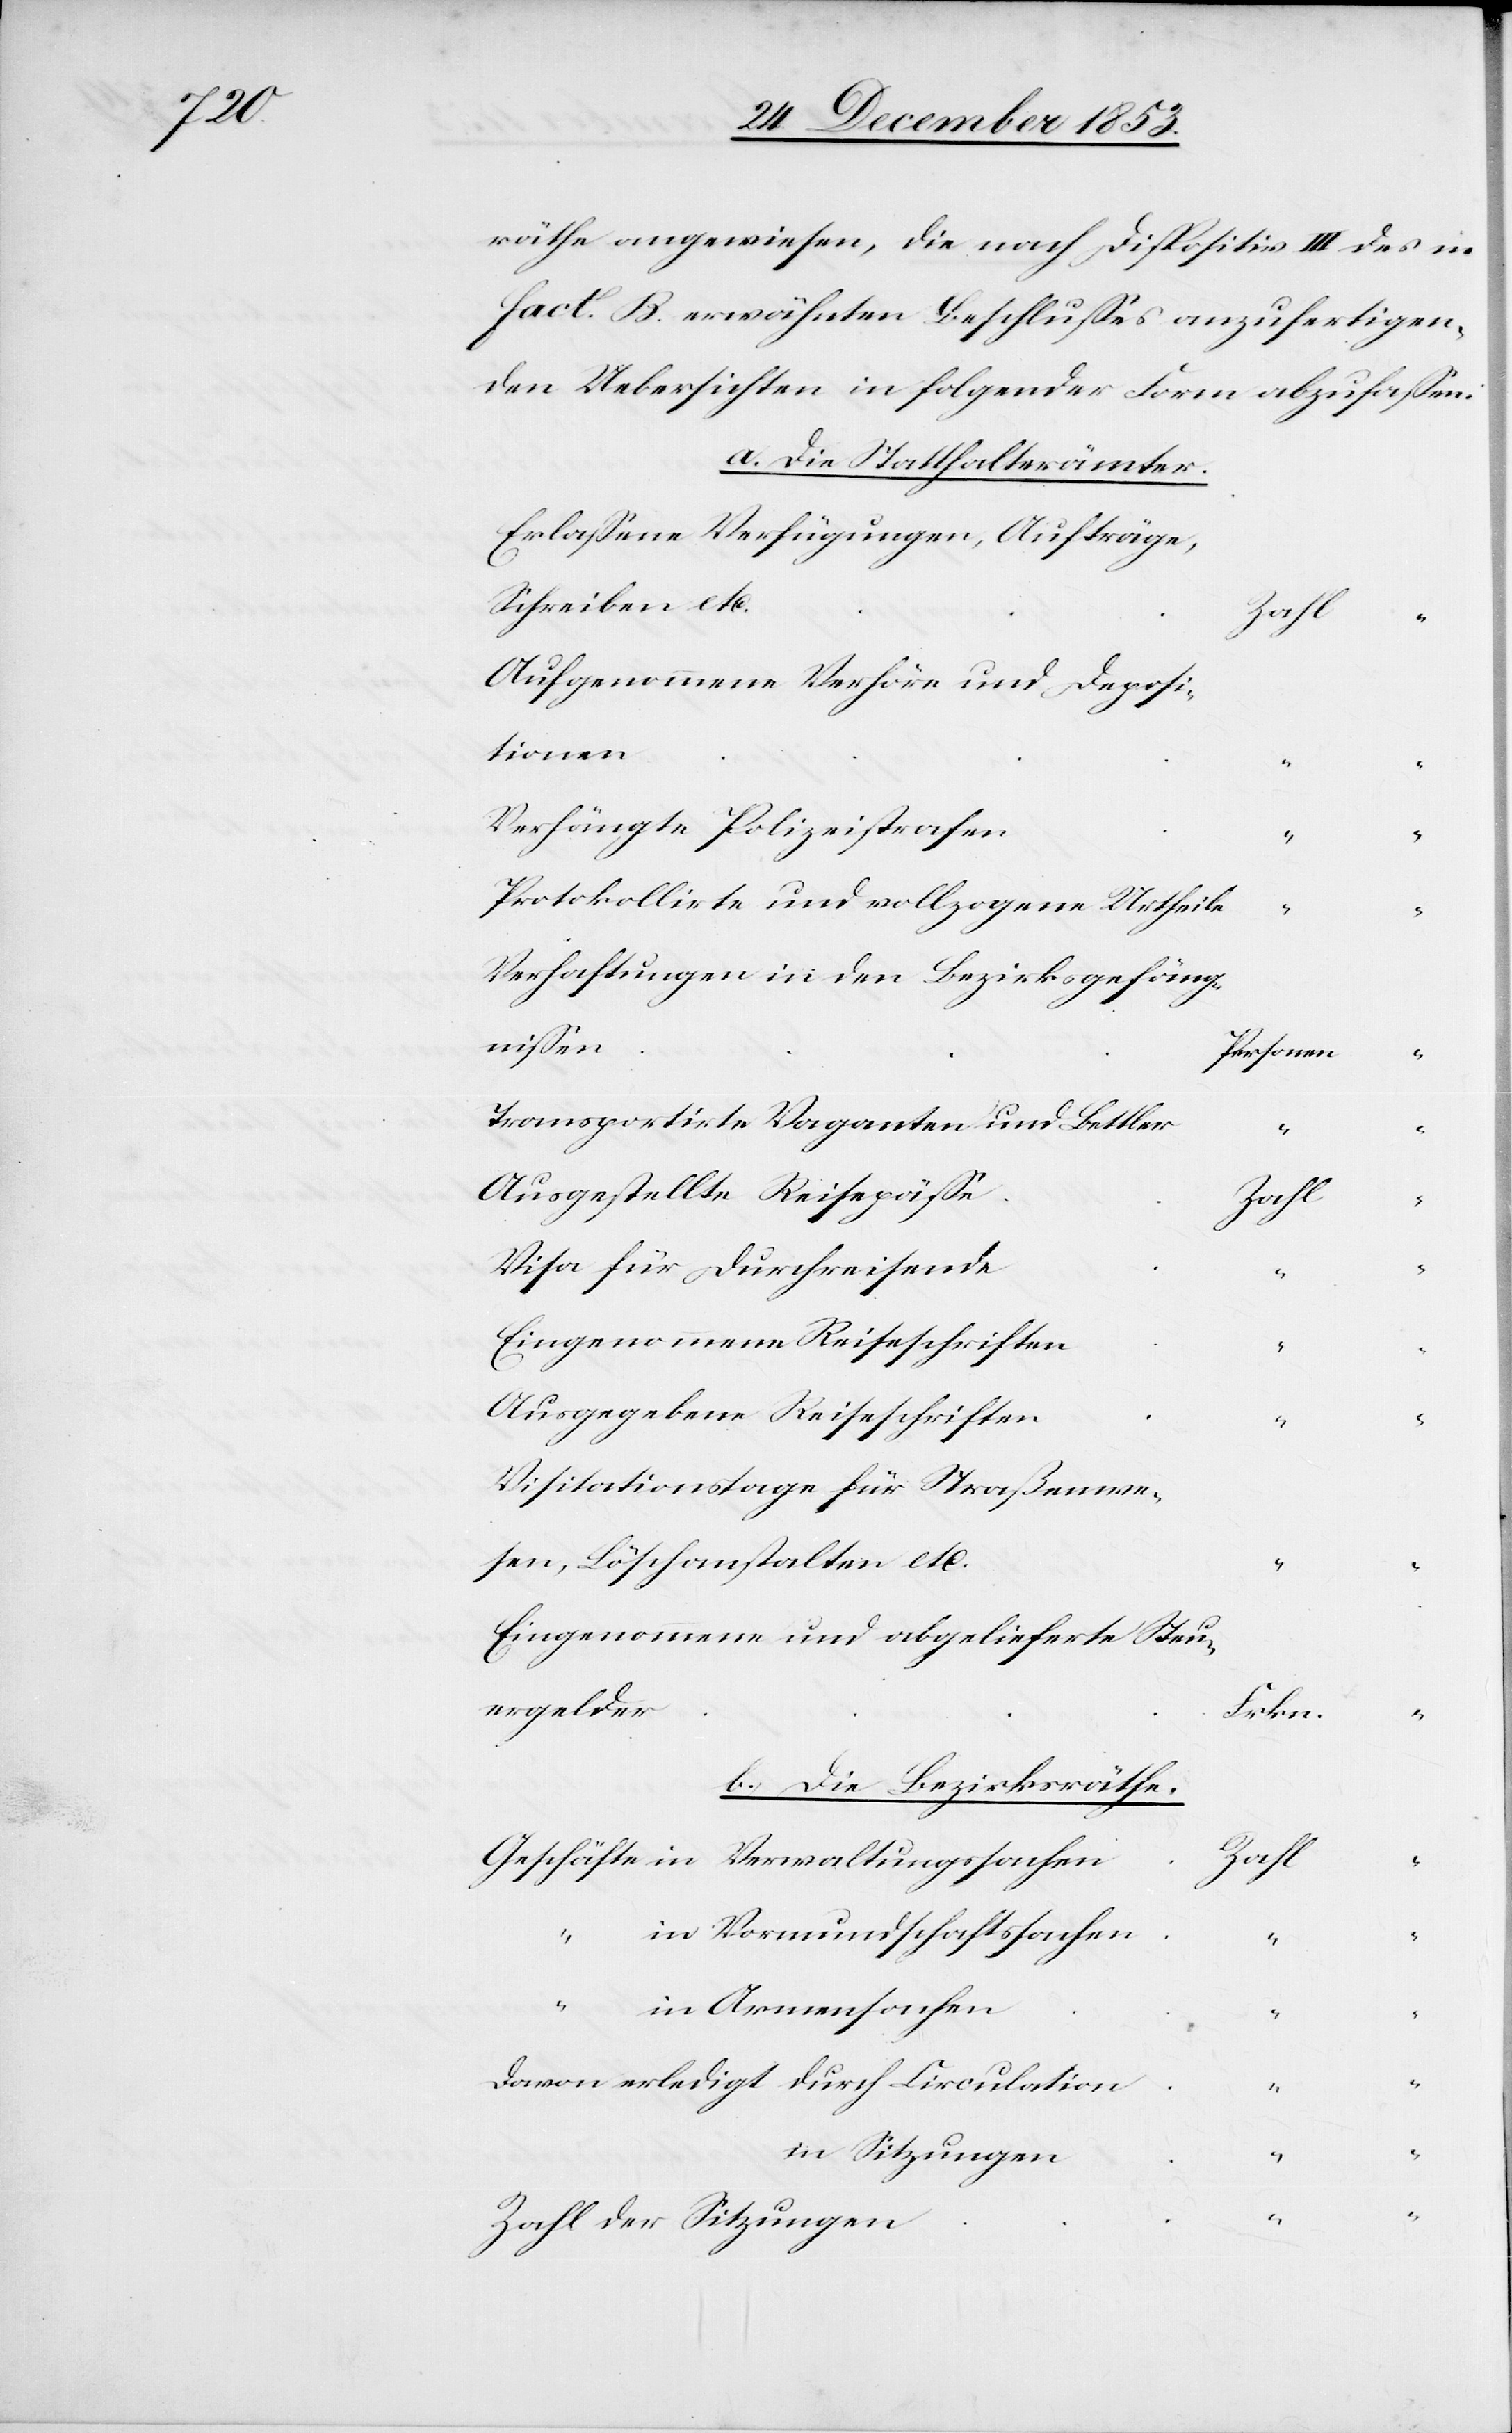
für

räthe angewiesen, die nach Dispositiv III des in
fact. B erwähnten Beschlußes anzufertigen,
den Uebersichten in folgender Form abzufaßen:
a. Die Statthalterämter.
Erlaßene Verfügungen, Aufträge,
Schreiben
Aufgenommene Verhöre und Deportati¬
Protokollirte und vollzogene Urtheil¬
Verhaftungen in den Bezirksgefäng¬
n					P¬
ersonen	“
Transportirte Vaganten und
chäfte
Visitationstage für Straßenwe¬
sen, Löschanstalten,
Eingenommene und abgelieferte Steu¬
ergelder				F¬
rkn.	“
b. Die Bezirksräthe
Zahl
der